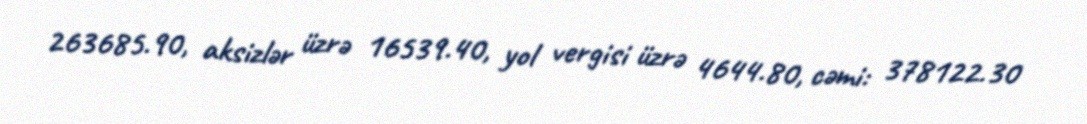
263685.90, aksizlər üzrə 16539.40, yol vergisi üzrə 4644.80, cəmi: 378122.30